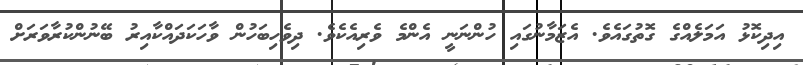
އިދިކޮޅު އަމަލެއްގެ ގޮތުގައެވެ. އެޒަމާނުގައި ހުންނަނީ އެންމެ ވެރިއެކެވެ. ދިވެހިބަހުން ވާހަކަދައްކާއިރު ބޭނުންކުރާވަރަށް